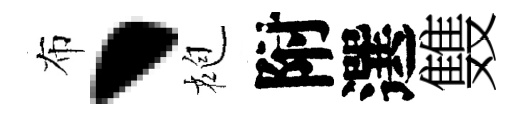
布、袍附選䨇